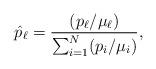
LaTeX: \begin{align*} \hat{p}_\ell=\frac{(p_\ell/\mu_\ell)}{\sum_{i=1}^{N}(p_i/\mu_i)},\end{align*}